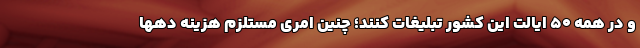
و در همه 50 ایالت این کشور تبلیغات کنند؛ چنین امری مستلزم هزینه دهها